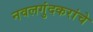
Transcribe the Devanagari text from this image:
नवलगुंदकरांचे